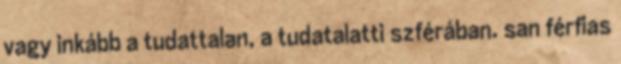
vagy inkább a tudattalan, a tudatalatti szférában. san férfias